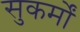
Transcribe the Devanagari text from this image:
सुकर्मों